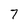
Character: 7